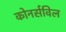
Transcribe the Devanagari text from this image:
कोनर्सविल